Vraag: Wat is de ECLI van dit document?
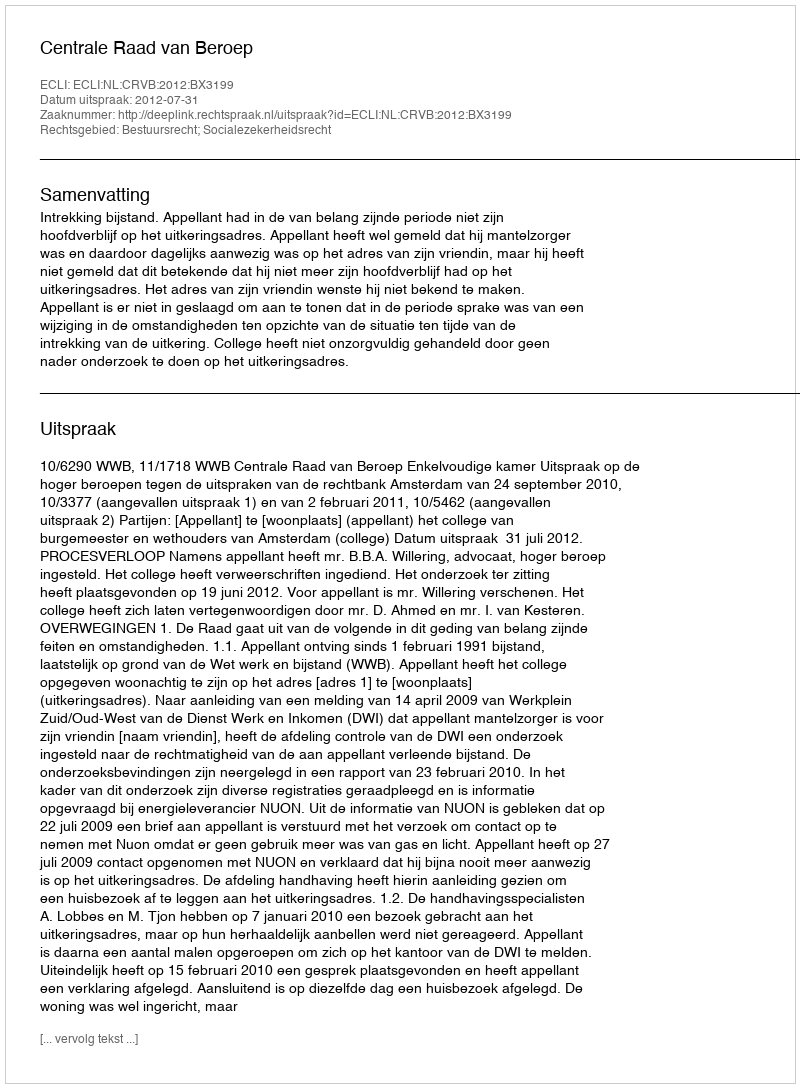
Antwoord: ECLI:NL:CRVB:2012:BX3199